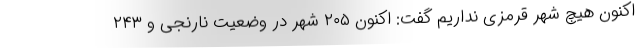
اکنون هیچ شهر قرمزی نداریم گفت: اکنون ۲۰۵ شهر در وضعیت نارنجی و ۲۴۳